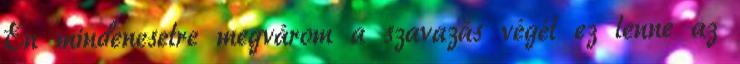
Én mindenesetre megvárom a szavazás végét ez lenne az